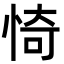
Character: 㥓